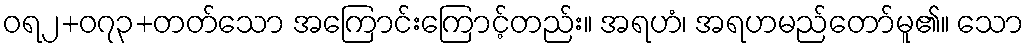
ဝရ၂+၀၇၃+တတ်သော အကြောင်းကြောင့်တည်း။ အရဟံ၊ အရဟမည်တော်မူ၏။ သော